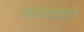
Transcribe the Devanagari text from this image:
यांच्यामते